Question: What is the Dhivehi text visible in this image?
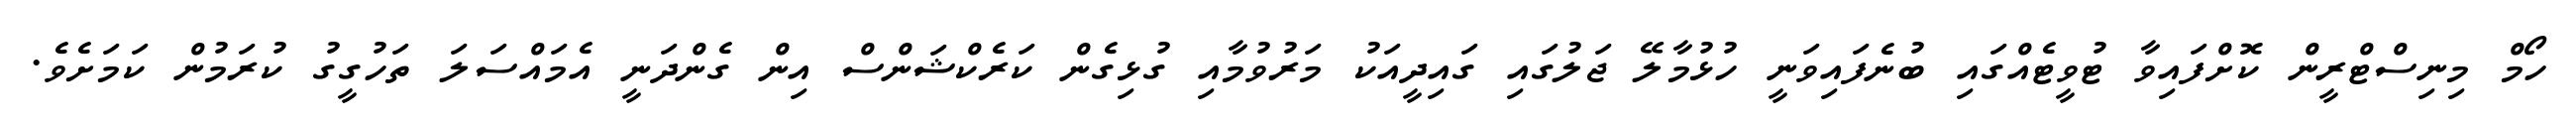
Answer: ހޯމް މިނިސްޓްރީން ކޮށްފައިވާ ޓުވީޓެއްގައި ބުނެފައިވަނީ ހުޅުމާލޭ ޖަލުގައި ގައިދީއަކު މަރުވުމާއި ގުޅިގެން ކަރެކްޝަންސް އިން ގެންދަނީ އެމައްސަލަ ތަހުގީގު ކުރަމުން ކަމަށެވެ.